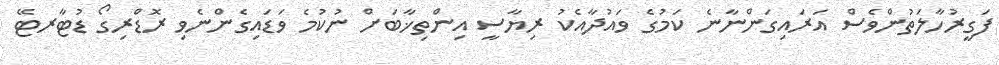
ފަގީރުހާލަތުންވެސް އަރައިގަންނާނެ ކަމުގެ ވައުދާއެކު ރިޔާސީ އިންތިޚާބަށް ނުކުމެ ވަޑައިގެންނެވި ރޮޑްރިގޯ ޑުޓާރޓޭ